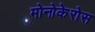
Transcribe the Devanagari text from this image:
मोनोकेरोस